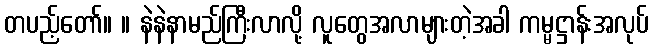
တပည့်တော်။ ။ နဲနဲနာမည်ကြီးလာလို့ လူတွေအလာများတဲ့အခါ ကမ္မဋ္ဌာန်းအလုပ်